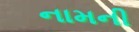
નામની